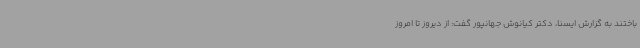
باختند به گزارش ایسنا، دکتر کیانوش جهانپور گفت: از دیروز تا امروز